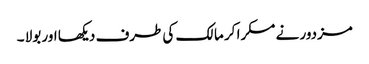
مزدور نے مسکرا کر مالک کی طرف دیکھا اور بولا ۔